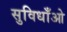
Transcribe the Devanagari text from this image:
सुविधाँओ